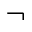
\neg